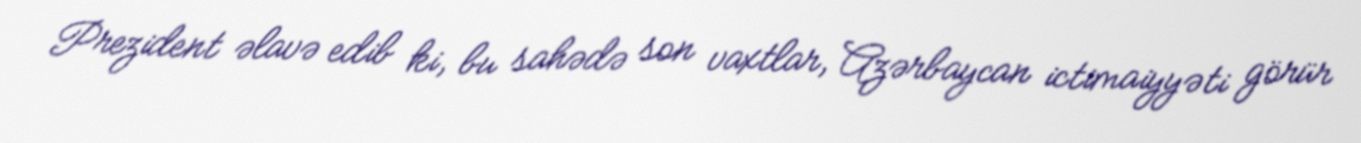
Prezident əlavə edib ki, bu sahədə son vaxtlar, Azərbaycan ictimaiyyəti görür